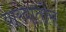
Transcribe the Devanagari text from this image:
वारवातोस